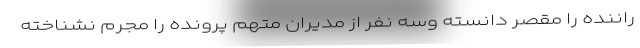
راننده را مقصر دانسته وسه نفر از مدیران متهم پرونده را مجرم نشناخته